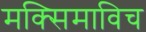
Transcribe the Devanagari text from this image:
मक्सिमाविच